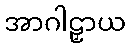
အာဂါဠှာယ